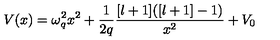
V ( x ) = \omega _ { q } ^ { 2 } x ^ { 2 } + \frac { 1 } { 2 q } \frac { [ l + 1 ] ( [ l + 1 ] - 1 ) } { x ^ { 2 } } + V _ { 0 }